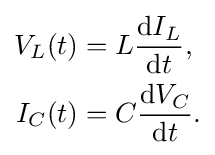
{\begin{aligned}V_{L}(t)&=L{\frac {\mathrm {d} I_{L}}{\mathrm {d} t}},\\I_{C}(t)&=C{\frac {\mathrm {d} V_{C}}{\mathrm {d} t}}.\end{aligned}}